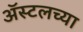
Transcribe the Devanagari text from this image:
ॲस्टलच्या